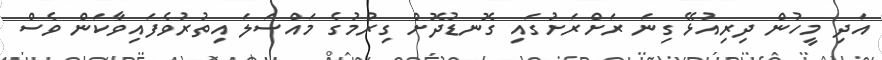
އަދި މީހުން ދިރިއުޅޭ ގިނަ ރަށްރަށުގައި ގޮނޑުދޮށް ގިރުމުގެ މައްސަލަ އިތުރުވެފައިވާކަން ވެސް